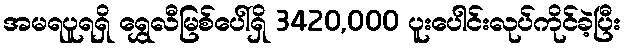
အမရပူရရှိ ရွှေလီမြစ်ပေါ်ရှိ 3420,000 ပူးပေါင်းလုပ်ကိုင်ခဲ့ပြီး